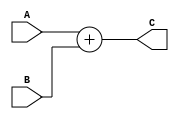
module MIPS_Simple_Adder (
    input wire [31:0] A,
    input wire [31:0] B,
    output wire [31:0] C
);
    
    assign C = A+B;
    
endmodule